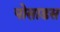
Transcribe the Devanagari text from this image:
पोसाडस